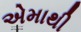
એમાથી